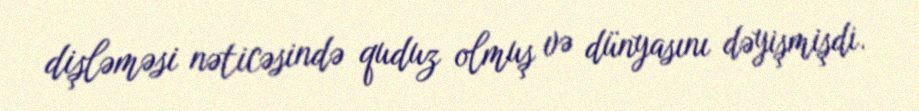
dişləməsi nəticəsində quduz olmuş və dünyasını dəyişmişdi.